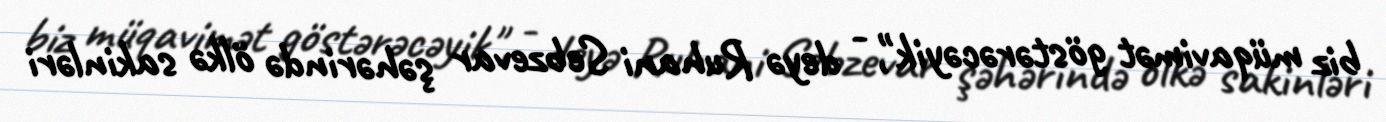
biz müqavimət göstərəcəyik", - deyə Ruhani Sebzevar şəhərində ölkə sakinləri